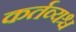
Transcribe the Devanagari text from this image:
कर्तव्यश्च